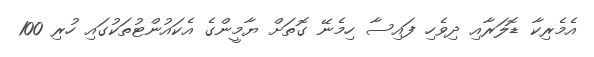
އެމެރިކާ ޑޮލަރާއި ދިވެހި ފައިސާ ހިމެނޭ ގޮތަށް ޔާމީންގެ އެކައުންޓުތަކުގައި ހުރި 100